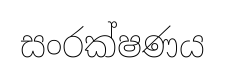
සංරක්ෂණය